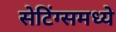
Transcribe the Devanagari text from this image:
सेटिंग्समध्ये